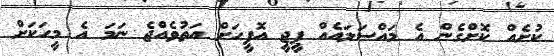
ކުށެއް ކޮށްގެން އެ މައްސަލައެއް ޕީޖީ އޮފީހަށް އަތުވެއްޖެ ނަމަ އެ މީހަކަށް